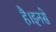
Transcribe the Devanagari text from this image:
है।इनसे